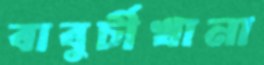
বাবুর্চীখানা